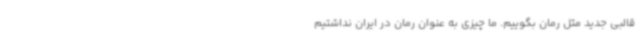
قالبی جدید مثل رمان بگوییم. ما چیزی به عنوان رمان در ایران نداشتیم